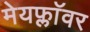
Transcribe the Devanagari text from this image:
मेयफ्लाॅवर